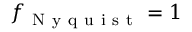
f _ { \mathrm { ~ N ~ y ~ q ~ u ~ i ~ s ~ t ~ } } = 1